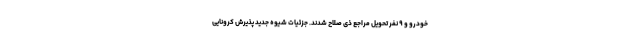
خودرو و ۹ نفر تحویل مراجع ذی صلاح شدند. جزئیات شیوه جدید پذیرش کرونایی